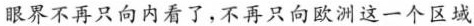
眼界不再只向内看了，不再只向欧洲这一个区城